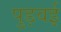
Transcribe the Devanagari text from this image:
पुड़वई